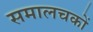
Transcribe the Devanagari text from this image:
समालचकों